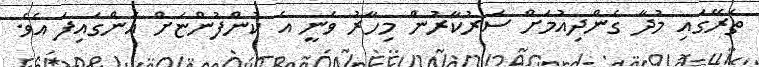
ތެރޭގައި މުދާ ގެންދިއުމަށް ސަރުކާރުން މިހާރު ވަނީ އެ ކުންފުންޏަށް އަންގައިފަ އެވެ.